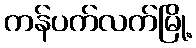
ကန်ပက်လက်မြို့